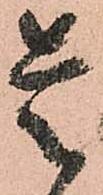
是